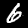
Digit: 6